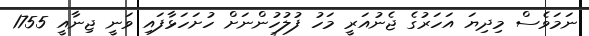
ނަމަވެސް މިދިޔަ އަހަރުގެ ޖެނުއަރީ މަހު ފުލުހުންނަށް ހުށަހަޅާފައި ވަނީ ޖިނާއީ 1755